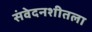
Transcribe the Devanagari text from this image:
संवेदनशीतला